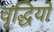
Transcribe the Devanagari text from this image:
वृद्धियो